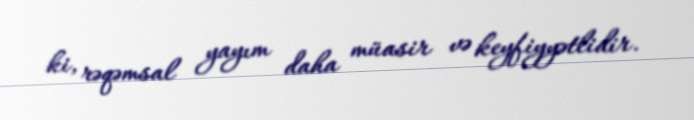
ki, rəqəmsal yayım daha müasir və keyfiyyətlidir.